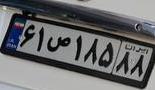
۶۱ص۱۸۵۸۸